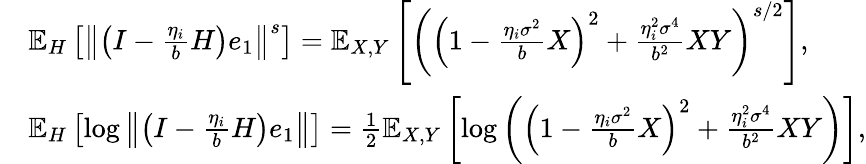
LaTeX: \begin{array}{rl}&{\mathbb{E}_{H}\left[\left\Vert\left(I-\frac{\eta_{i}}{b}H\right)e_{1}\right\Vert^{s}\right]=\mathbb{E}_{X,Y}\left[\left(\left(1-\frac{\eta_{i}\sigma^{2}}{b}X\right)^{2}+\frac{\eta_{i}^{2}\sigma^{4}}{b^{2}}XY\right)^{s/2}\right],}\\ &{\mathbb{E}_{H}\left[\log\left\Vert\left(I-\frac{\eta_{i}}{b}H\right)e_{1}\right\Vert\right]=\frac{1}{2}\mathbb{E}_{X,Y}\left[\log\left(\left(1-\frac{\eta_{i}\sigma^{2}}{b}X\right)^{2}+\frac{\eta_{i}^{2}\sigma^{4}}{b^{2}}XY\right)\right],}\end{array}